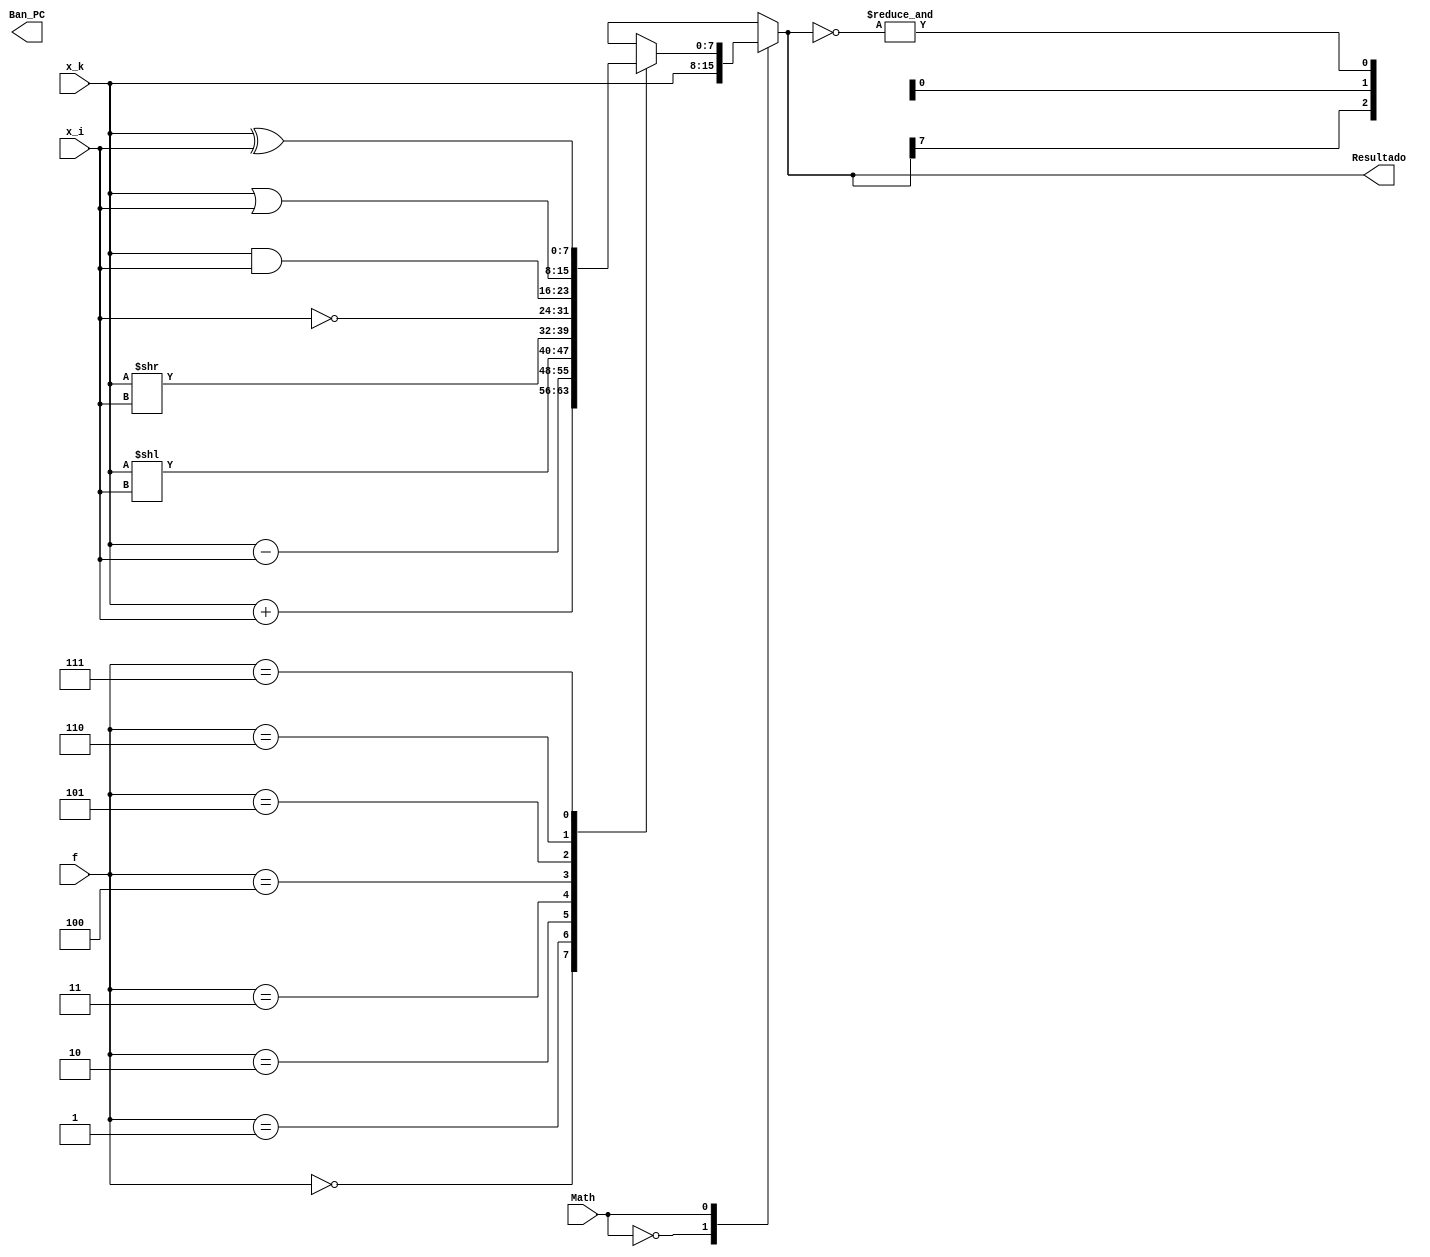
`timescale 1ns / 1ps
//////////////////////////////////////////////////////////////////////////////////
// Company: 
// Engineer: 
// 
// Design Name: 
// Module Name: ALU
// Project Name: 
// Target Devices: 
// Tool Versions: 
// Description: 
// 
// Dependencies: 
// 
// Revision:
// Revision 0.01 - File Created
// Additional Comments:
// 
//////////////////////////////////////////////////////////////////////////////////


module ALU(
input [7:0] x_k,
input [7:0] x_i,
input [2:0] f,
input Math,
output [7:0] Resultado,
output [2:0] Ban_PC
    );
    

reg [7:0] R0 = 0;  

always @(*)
begin
case(Math)
1'b0:
R0=x_k;

1'b1:

case(f)
 0: R0 = (x_k + x_i) ;
 1: R0 = (x_k - x_i) ;
 2: R0 = (x_k << x_i) ;
 3: R0 = (x_k >> x_i) ;
 4: R0 =~ x_i;
 5: R0 = (x_k & x_i) ;
 6: R0 = (x_k | x_i) ;
 7: R0 = (x_k ^ x_i) ;
endcase

endcase
end

assign Resultado = R0;
assign Ban_PC[0] = &(~R0);     //Cero
assign Ban_PC[1] = R0[8];    //Acarreo
assign Ban_PC[2] = R0[7];    //Negativo


endmodule